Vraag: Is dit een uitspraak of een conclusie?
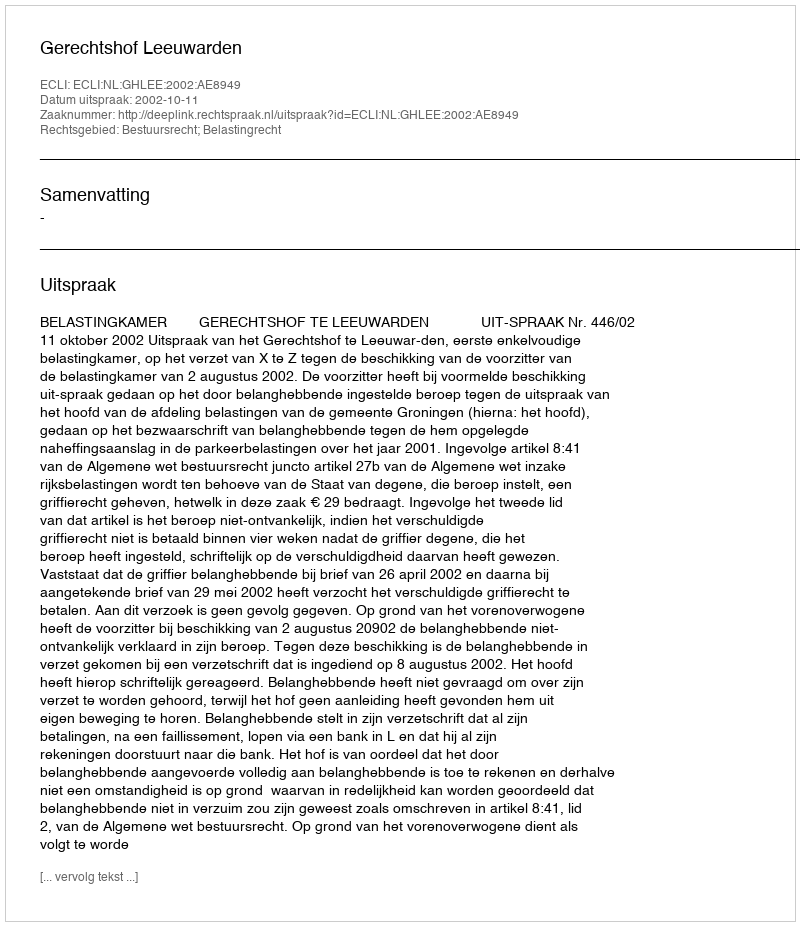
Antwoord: Uitspraak